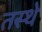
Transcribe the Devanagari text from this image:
तस्थे